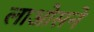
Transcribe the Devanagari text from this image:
लाओसने